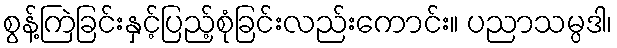
စွန့်ကြဲခြင်းနှင့်ပြည့်စုံခြင်းလည်းကောင်း။ ပညာသမ္ပဒါ၊